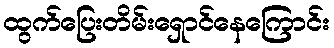
ထွက်ပြေးတိမ်းရှောင်နေကြောင်း